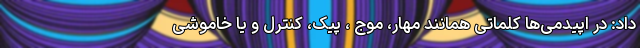
داد: در اپیدمی‌ها کلماتی همانند مهار، موج ، پیک، کنترل و یا خاموشی